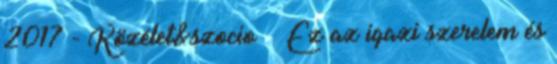
2017 - Közélet&szocio Ez az igazi szerelem és